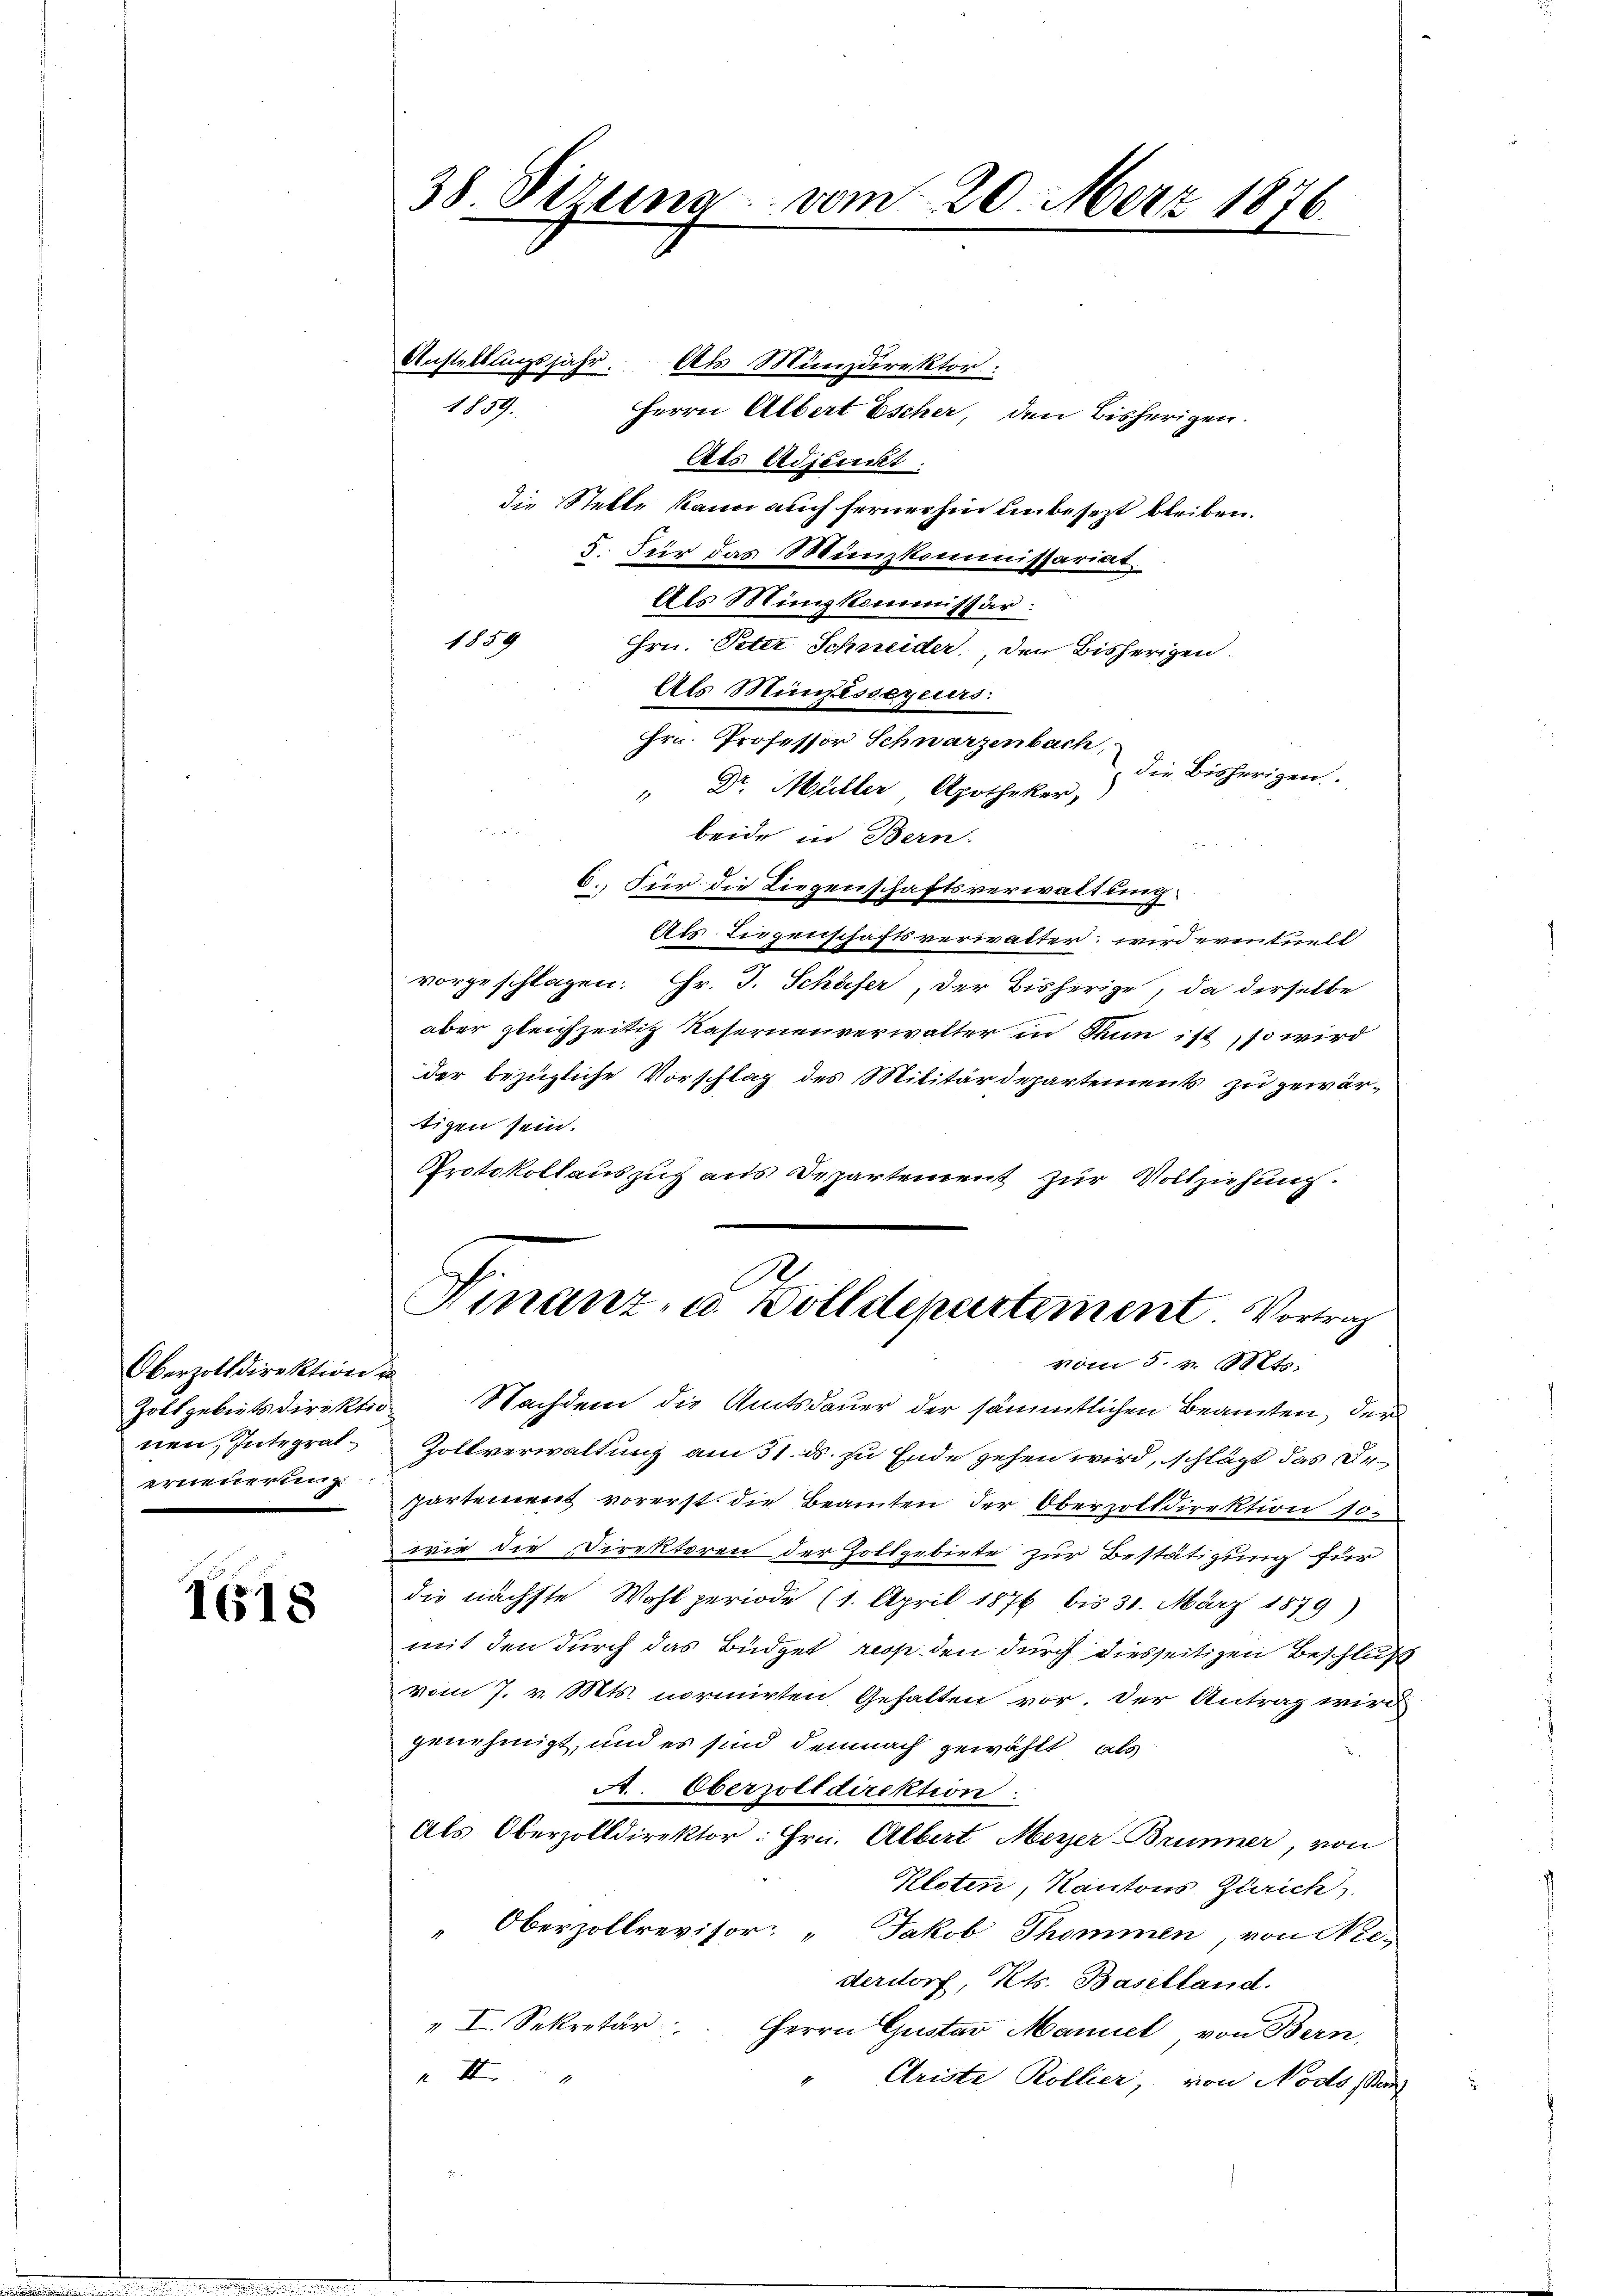
Oberzolldirektion u
nen, Integralerneuerung

1618

38. Dezung vom 20. März 1876

1859.

Anstellungsjahr. Als Münzdirektor
Herrn Albert Escher, den bisherigen.
Als Adjunct.
die Stelle kann auch fernerhin unbesezt bleiben.
5. Für das Münzkommissariat
Als Münzkommissär:
1859
Hrn. Peter Schneider, den Bisherigen.
Als Mindessereurs.
Hrn. Professor Schwarzenbach,
die Bisherigen.
" Dr. Müller, Apotheker,
beide in Bern.
6. Für die Liegenschaftsverwaltung
Als Liegenschaftsverwalter: wird eventuell
vorgeschlagen; Hr. J. Schäfer, der Bisherige, da derselbe
aber gleichzeitig Kasernenverwalter in Thun ist, so wird
der bezügliche Vorschlag des Militärdepartements zu gewärtigen sein.
Protokollauszug aus Departement zur Vollziehung.
A
Finanz- u. Wolldepartement. Vortrag

vom 5. v. Mts.

Zollgebietsdirektio Nachdem die Amtsdauer der sämmtlichen Beamten, der
Zollverwaltung am 31. ds. zu Ende gehen wird, schlägt das Departement vorerst die Beamten der Oberzolldirektion so
wie die Direktoren der Zollgebiete zur Bestätigung für
die nächste Wahl periode (1. April 1876 bis 30. März 1879)
mit den durch das Büdget resp. den durch diesseitigen Beschluß
vom 7. v. Mts. normirten Gehalten vor. Der Antrag wird
genehmigt; und es sind demnach gewählt, als
A. Oberzolldirektion
Als Oberzolldirektor: Hrn. Albert Meyer Brunner, von
Kloten, Kantons Zürich
Oberzollrevisor: „Jakob Thommen, von Nee-
derstorf, Kts. Baselland.
" I. Sekretär: Herrn Gustav Manuel von Bern,
 II
Ariste Rollier, von Nodo stan